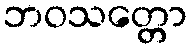
ဘဝသတ္တော